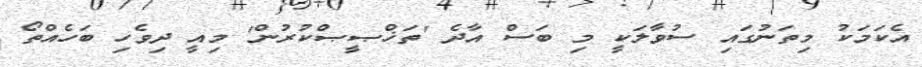
އެކަމަކު މިތަނުގައި ސުވާލަކީ މި ބަސް އާދެ 'ތަޚްޞީޞްކުރުން' މިއީ ދިވެހި ބަހެއްތޯ